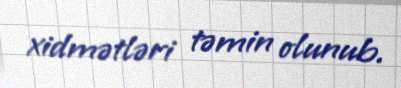
xidmətləri təmin olunub.